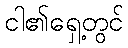
ငါ၏ရှေ့တွင်